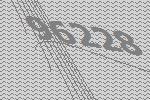
96228